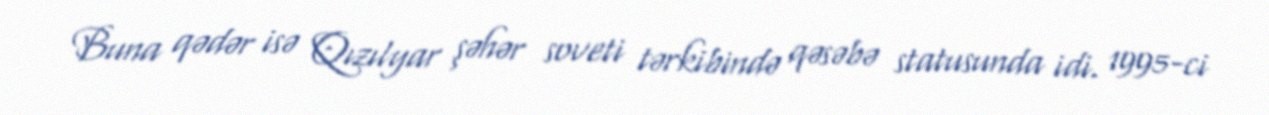
Buna qədər isə Qızılyar şəhər soveti tərkibində qəsəbə statusunda idi. 1995-ci